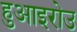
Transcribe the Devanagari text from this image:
हुआइरोउ